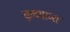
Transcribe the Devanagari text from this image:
कृष्णान्त